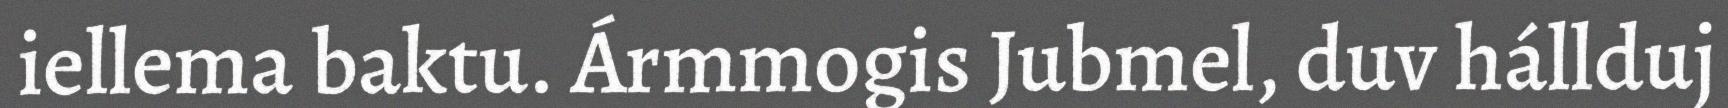
iellema baktu. Ármmogis Jubmel, duv hállduj